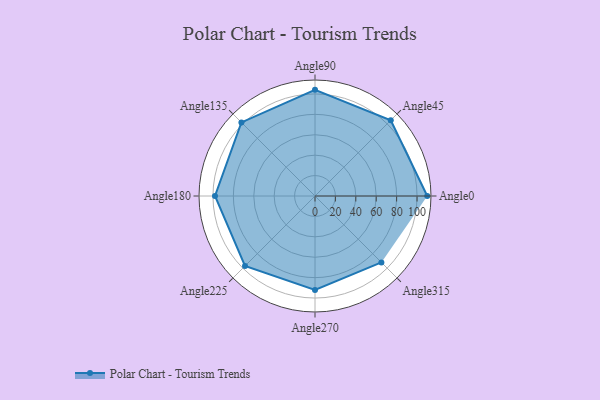
{"axis": {"x": "Angle", "y": "Radius"}, "legend": [""], "data": [{"x": "Angle0", "y": 110.0, "type": ""}, {"x": "Angle45", "y": 105.0, "type": ""}, {"x": "Angle90", "y": 104.0, "type": ""}, {"x": "Angle135", "y": 102.0, "type": ""}, {"x": "Angle180", "y": 98.0, "type": ""}, {"x": "Angle225", "y": 97.0, "type": ""}, {"x": "Angle270", "y": 92.0, "type": ""}, {"x": "Angle315", "y": 92.0, "type": ""}]}